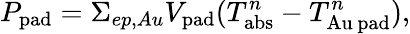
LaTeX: P_{\mathrm{pad}}=\Sigma_{ep,Au}V_{\mathrm{pad}}(T_{\mathrm{abs}}^{n}-T_{\mathrm{Au\, pad}}^{n}),